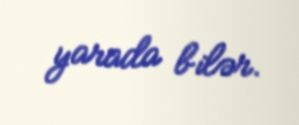
yarada bilər.